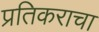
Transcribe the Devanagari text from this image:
प्रतिकराचा